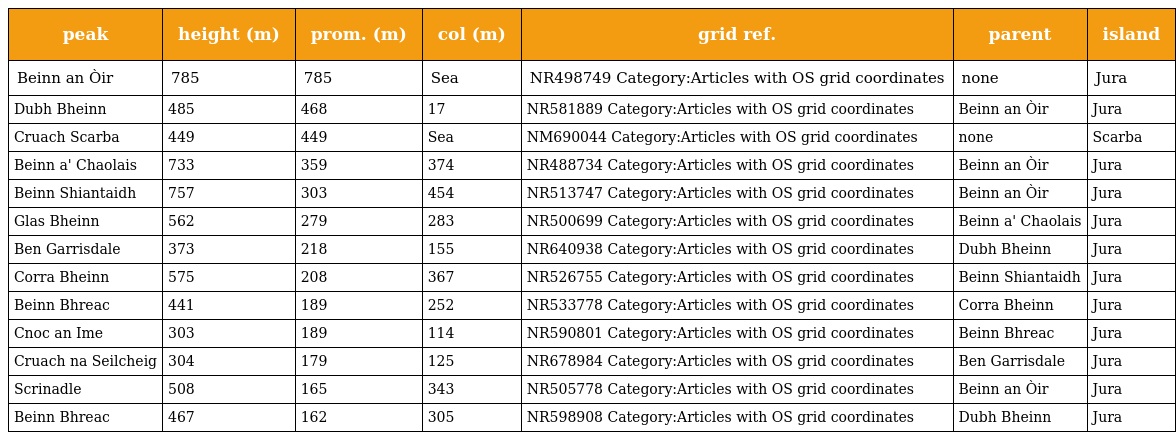
| peak | height (m) | prom. (m) | col (m) | grid ref. | parent | island |
 | --- | --- | --- | --- | --- | --- | --- |
 | Beinn an Òir | 785 | 785 | Sea | NR498749 Category:Articles with OS grid coordinates | none | Jura |
 | Dubh Bheinn | 485 | 468 | 17 | NR581889 Category:Articles with OS grid coordinates | Beinn an Òir | Jura |
 | Cruach Scarba | 449 | 449 | Sea | NM690044 Category:Articles with OS grid coordinates | none | Scarba |
 | Beinn a' Chaolais | 733 | 359 | 374 | NR488734 Category:Articles with OS grid coordinates | Beinn an Òir | Jura |
 | Beinn Shiantaidh | 757 | 303 | 454 | NR513747 Category:Articles with OS grid coordinates | Beinn an Òir | Jura |
 | Glas Bheinn | 562 | 279 | 283 | NR500699 Category:Articles with OS grid coordinates | Beinn a' Chaolais | Jura |
 | Ben Garrisdale | 373 | 218 | 155 | NR640938 Category:Articles with OS grid coordinates | Dubh Bheinn | Jura |
 | Corra Bheinn | 575 | 208 | 367 | NR526755 Category:Articles with OS grid coordinates | Beinn Shiantaidh | Jura |
 | Beinn Bhreac | 441 | 189 | 252 | NR533778 Category:Articles with OS grid coordinates | Corra Bheinn | Jura |
 | Cnoc an Ime | 303 | 189 | 114 | NR590801 Category:Articles with OS grid coordinates | Beinn Bhreac | Jura |
 | Cruach na Seilcheig | 304 | 179 | 125 | NR678984 Category:Articles with OS grid coordinates | Ben Garrisdale | Jura |
 | Scrinadle | 508 | 165 | 343 | NR505778 Category:Articles with OS grid coordinates | Beinn an Òir | Jura |
 | Beinn Bhreac | 467 | 162 | 305 | NR598908 Category:Articles with OS grid coordinates | Dubh Bheinn | Jura |